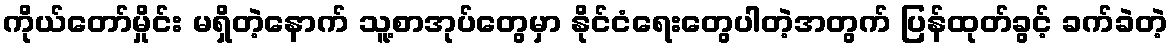
ကိုယ်တော်မှိုင်း မရှိတဲ့နောက် သူ့စာအုပ်တွေမှာ နိုင်ငံရေးတွေပါတဲ့အတွက် ပြန်ထုတ်ခွင့် ခက်ခဲတဲ့